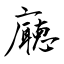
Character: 廰